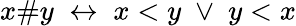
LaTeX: x\# y\; \leftrightarrow\; x<y\; \vee\; y<x